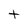
Character: t